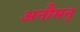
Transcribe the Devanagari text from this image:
अनौमन्